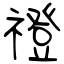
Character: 䙞